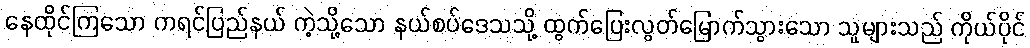
နေထိုင်ကြသော ကရင်ပြည်နယ် ကဲ့သို့သော နယ်စပ်ဒေသသို့ ထွက်ပြေးလွတ်မြောက်သွားသော သူများသည် ကိုယ်ပိုင်